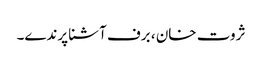
ثروت خان ، برف آشنا پرندے۔